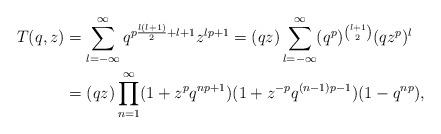
LaTeX: \begin{align*} \begin{aligned}T(q,z)& =\sum_{l=-\infty}^{\infty} q^{p\frac{l(l+1)}{2}+l+1}z^{lp+1}=(qz)\sum_{l=-\infty}^{\infty}(q^p)^{\binom{l+1}{2}}(qz^p)^l\\& =(qz)\prod_{n=1}^{\infty}(1+z^pq^{np+1})(1+z^{-p}q^{(n-1)p-1})(1-q^{np}),\end{aligned}\end{align*}